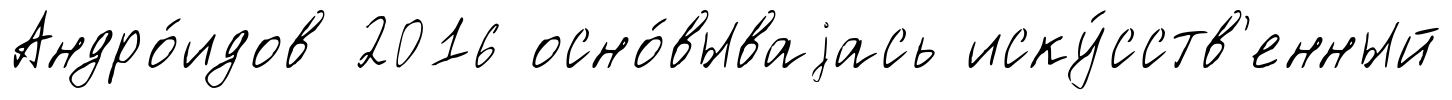
Андро́идов 2016 осно́вываjась иску́сств'енный